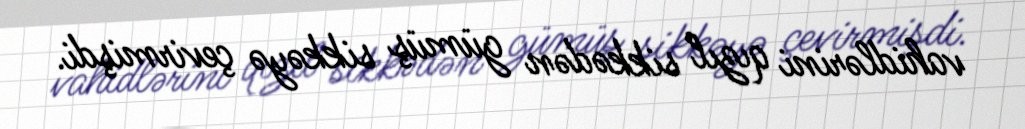
vahidlərini qızıl sikkədən gümüş sikkəyə çevirmişdi.